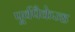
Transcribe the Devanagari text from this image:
पूर्वपैकेज्ड